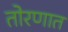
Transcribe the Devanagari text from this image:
तोरणात